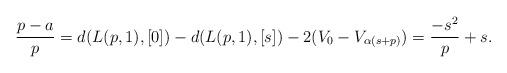
LaTeX: \begin{align*}\frac{p-a}{p}=d(L(p,1),[0])-d(L(p,1),[s])-2(V_0-V_{\alpha(s+p)})=\frac{-s^2}{p}+s.\end{align*}